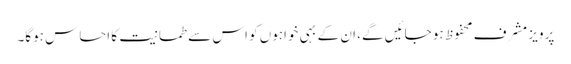
پرویز مشرف محفوظ ہو جائیں گے، ان کے بہی خواہوں کو اس سے طمانیت کا احساس ہوگا۔